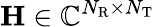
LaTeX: \mathbf{H}\in\mathbb{C}^{N_{\mathrm{R}}\times N_{\mathrm{T}}}